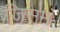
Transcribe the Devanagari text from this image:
जिसमं